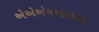
એએએચઆરપીપી